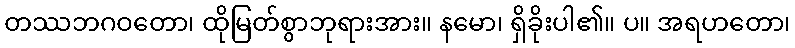
တဿဘဂဝတော၊ ထိုမြတ်စွာဘုရားအား။ နမော၊ ရှိခိုးပါ၏။ ပ။ အရဟတော၊